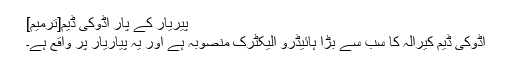
پیریار کے پار اڈوکی ڈیم[ترمیم]
اڈوکی ڈیم کیرالہ کا سب سے بڑا ہائیڈرو الیکٹرک منصوبہ ہے اور یہ پیاریار پر واقع ہے۔